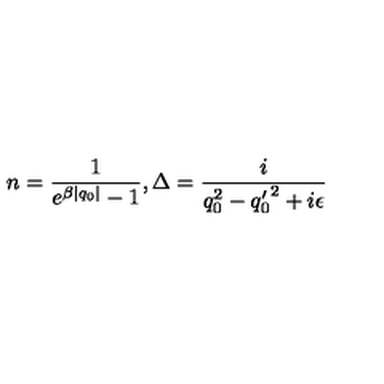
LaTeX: n = \frac { 1 } { e ^ { \beta | q _ { 0 } | } - 1 } , { \Delta } = \frac { i } { q _ { 0 } ^ { 2 } - { q _ { 0 } ^ { \prime } } ^ { 2 } + i \epsilon }